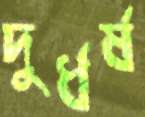
দুর্ধর্ষ